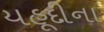
યહૂદીના